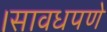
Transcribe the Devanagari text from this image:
।सावधपणे